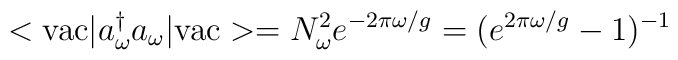
<{\rm vac} | a_\omega^\dagger a_\omega|{\rm vac}> = N_\omega^2 e^{-2\pi \omega/g} = (e^{2\pi \omega/g}-1)^{-1}